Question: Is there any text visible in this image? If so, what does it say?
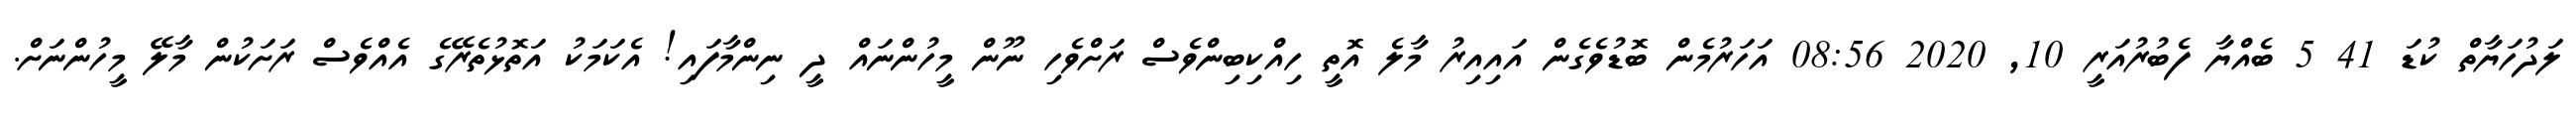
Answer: ލަދުހަޔާތް ކުޑަ 41 5 ބެއްޔާ ފެބުރުއަރީ 10, 2020 08:56 އަހަރުމެން ބޮޑުވެގެން އައިއިރު މާލެ އޮތީ ހިއްކިބިންވެސް ރަށްވެހި ނޫން މީހުންނައް ދީ ނިންމާފައި! އެކަމަކު އަތޮޅުތެރޭގެ އެއްވެސް ރަށަކުން މާލޭ މީހުންނަށް.